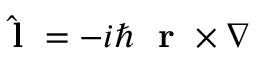
\hat { \mathrm { ~ \bf ~ l ~ } } = - i \hbar \mathrm { ~ \bf ~ r ~ } \times \nabla